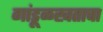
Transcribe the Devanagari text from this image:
गांडूळखताचा